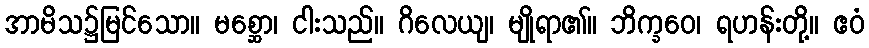
အာမိသ၌မြင်သော။ မစ္ဆော၊ ငါးသည်။ ဂိလေယျ၊ မျိုရာ၏။ ဘိက္ခဝေ၊ ရဟန်းတို့။ ဧဝံ